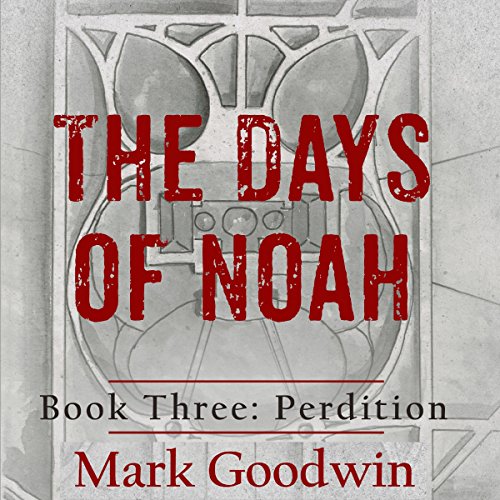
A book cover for Perdition: The Days of Noah, Book Three; Mark Goodwin; Christian Books & Bibles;